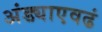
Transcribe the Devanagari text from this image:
अंड्याएवढं